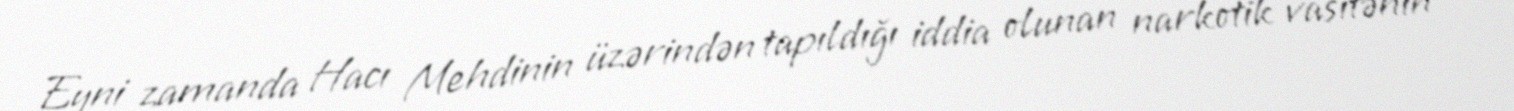
Eyni zamanda Hacı Mehdinin üzərindən tapıldığı iddia olunan narkotik vasitənin